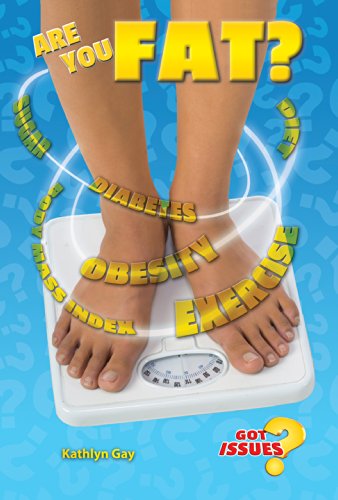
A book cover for Are You Fat?: The Obesity Issue for Teens (Got Issues?); Kathlyn Gay; Teen & Young Adult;